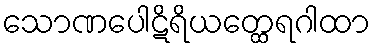
သောဏပေါဋိရိယတ္ထေရဂါထာ